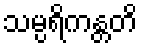
သမ္ပရိကန္တတိ